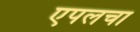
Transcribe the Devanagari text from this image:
एपलचा